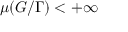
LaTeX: \mu ( G / \Gamma ) < + \infty